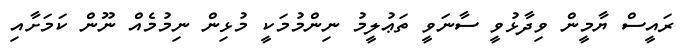
ރައީސް ޔާމީން ވިދާޅުވީ ސާނަވީ ތަޢުލީމު ނިންމުމަކީ މުޅިން ނިމުމެއް ނޫން ކަމަށާއި